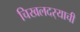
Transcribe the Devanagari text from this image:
चिखलदर्‍याची